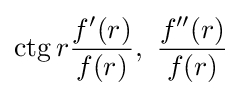
\operatorname {ctg} r{\frac {f^{\prime }(r)}{f(r)}},\ {\frac {f^{\prime \prime }(r)}{f(r)}}